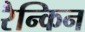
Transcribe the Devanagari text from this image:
रैन्किन